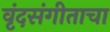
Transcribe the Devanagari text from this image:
वृंदसंगीताचा